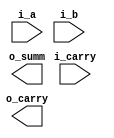
module adder_32b_param(i_a, i_b, i_carry, o_carry, o_summ);
    parameter WIDTH = 32;
    input [WIDTH-1:0] i_a, i_b;
    input i_carry;
    output [WIDTH-1:0] o_summ;
    output o_carry;

    `ifdef CSLA_CLA
        adder_csla_cla inst_csla(i_a, i_b, i_carry, o_carry, o_summ);
    `endif

    `ifdef CSLA_RCA
        adder_csla_rca inst_csla(i_a, i_b, i_carry, o_carry, o_summ);
    `endif

    `ifdef RTL_ADD
        assign {o_carry, o_summ} = i_a + i_b + i_carry;
    `endif

    `ifdef CLA
        CLA_nbit inst_cla(i_a, i_b, i_carry, o_carry, o_summ);
    `endif

    `ifdef KSA
        KSA #(32) inst_ksa(i_a, i_b, i_carry, o_summ, o_carry);
    `endif

    `ifdef ALTERA_SNGL_MF
        adder_lpm_add	adder_lpm_add_inst (
                                            .dataa(i_a),
                                            .datab(i_b),
                                            .result(o_summ),
                                            .cin(1'b0),
                                            .cout(o_carry)
                                            );
    `endif
endmodule